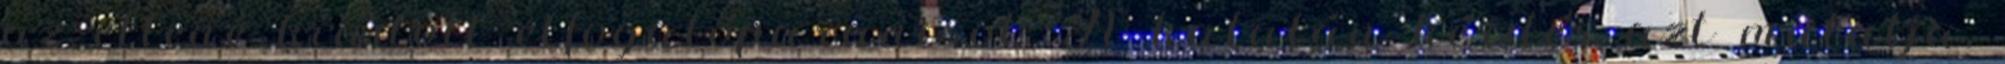
az ellene kiadott elfogatóparancsot. A katalán kérdés azt mutatja,